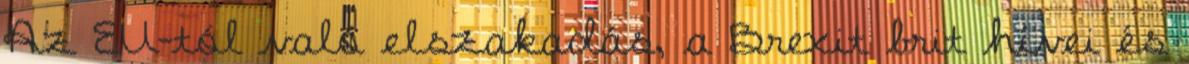
Az EU-tól való elszakadás, a Brexit brit hívei és